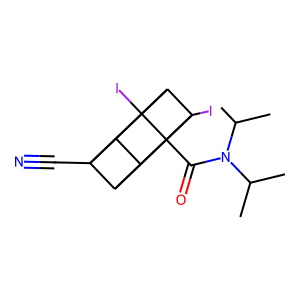
SMILES: CC(C)N(C(=O)C12C3C4C5(C#N)C3C1(I)C5C42I)C(C)C
Inhibits HIV replication: No